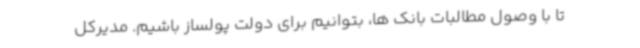
تا با وصول مطالبات بانک ها، بتوانیم برای دولت پولساز باشیم. مدیرکل